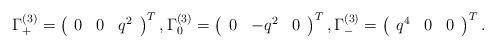
LaTeX: \begin{align*}\Gamma_{+}^{(3)} = \left(\begin{array}{ccc}0 & 0 & q^2\end{array}\right)^T,\Gamma_{0}^{(3)} = \left(\begin{array}{ccc}0 & - q^2 & 0\end{array}\right)^T,\Gamma_{-}^{(3)} = \left(\begin{array}{ccc}q^4 & 0 & 0\end{array}\right)^T.\end{align*}